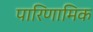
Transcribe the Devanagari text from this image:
पारिणामिक